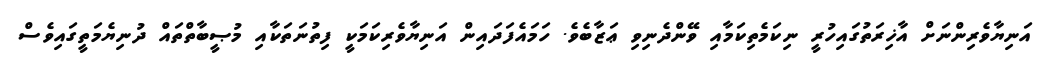
އަނިޔާވެރިންނަށް އާޚިރަތުގައިހުރީ ނިކަމެތިކަމާއި ވޭންދެނިވި ޢަޒާބެވެ. ހަމައެފަދައިން އަނިޔާވެރިކަމަކީ ފިތުނަތަކާއި މުޞީބާތްތައް ދުނިޔެމަތީގައިވެސް